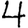
Digit: 4